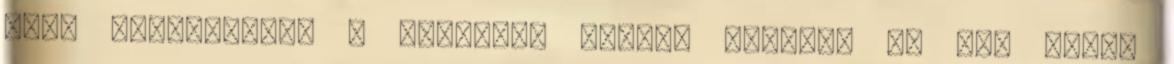
hogy elkárhoztak a Krisztus előtti igazak. Ez egy marha